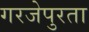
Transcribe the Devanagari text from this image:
गरजेपुरता